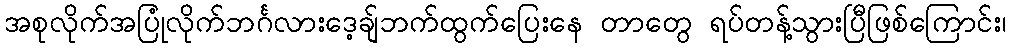
အစုလိုက်အပြုံလိုက်ဘင်္ဂလားဒေ့ချ်ဘက်ထွက်ပြေးနေ တာတွေ ရပ်တန့်သွားပြီဖြစ်ကြောင်း၊